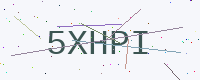
Text: 5XHPI